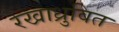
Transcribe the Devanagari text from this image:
रेखाध्रुवित